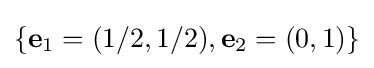
\{\mathbf {e} _{1}=(1/2,1/2),\mathbf {e} _{2}=(0,1)\}